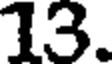
13.